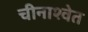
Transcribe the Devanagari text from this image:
चीनाश्वेत